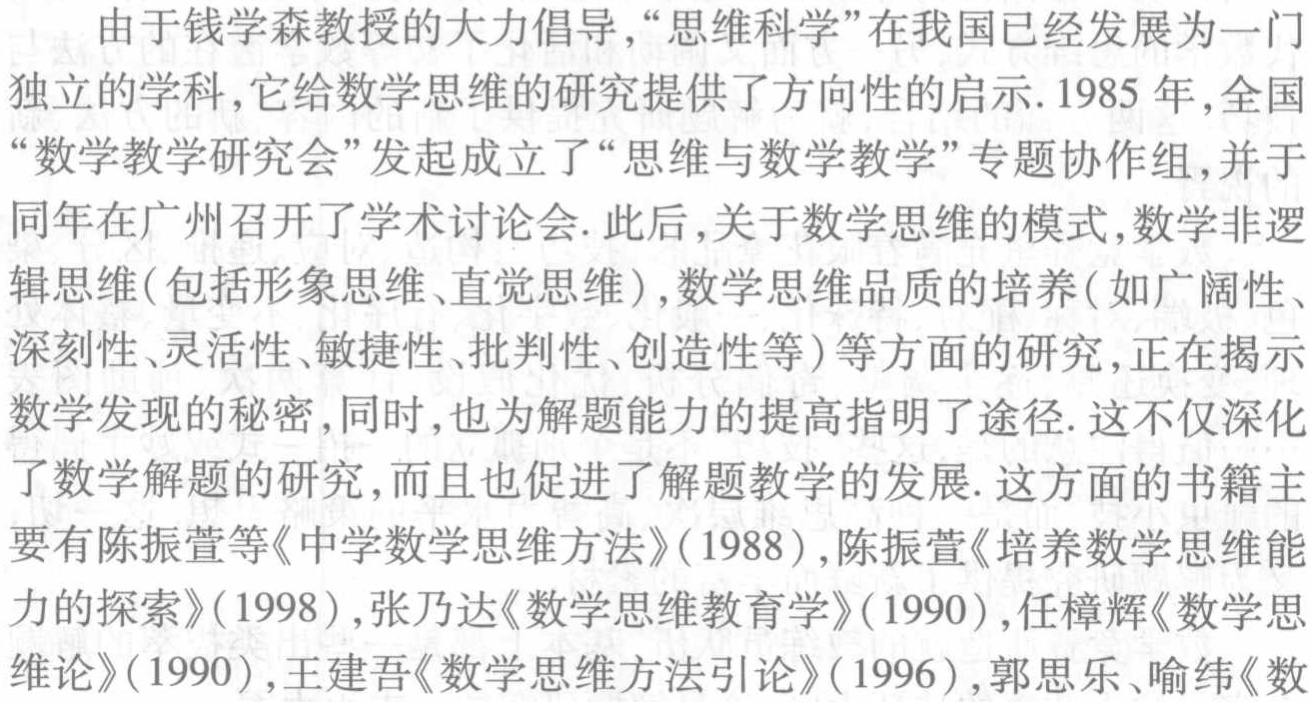
由于钱学森教授的大力倡导，“思维科学”在我国已经发展为一门
独立的学科，它给数学思维的研究提供了方向性的启示. 1985 年，全国
“数学教学研究会”发起成立了“思维与数学教学”专题协作组,并于
同年在广州召开了学术讨论会. 此后,关于数学思维的模式,数学非逻
辑思维(包括形象思维、直觉思维),数学思维品质的培养(如广阔性、
深刻性、灵活性、敏捷性、批判性、创造性等)等方面的研究,正在揭示
数学发现的秘密,同时,也为解题能力的提高指明了途径. 这不仅深化
了数学解题的研究,而且也促进了解题教学的发展. 这方面的书籍主
要有陈振萱等《中学数学思维方法》(1988),陈振萱《培养数学思维能
力的探索》(1998),张乃达《数学思维教育学》(1990),任樟辉《数学思
维论》(1990),王建吾《数学思维方法引论》(1996),郭思乐、喻纬《数